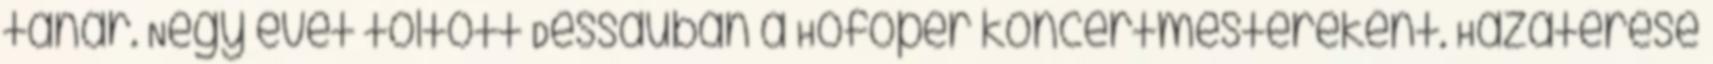
tanár. Négy évet töltött Dessauban a Hofoper koncertmestereként. Hazatérése